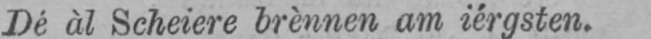
Dé àl Scheiere brènnen am iérgsten.